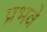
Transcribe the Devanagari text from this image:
प्रभवे